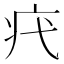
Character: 𤴵